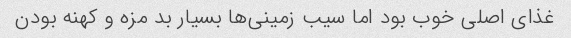
غذای اصلی خوب بود اما سیب زمینی‌ها بسیار بد مزه و کهنه بودن